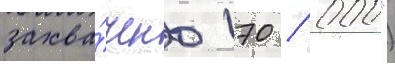
захва́чено 170 / 000")